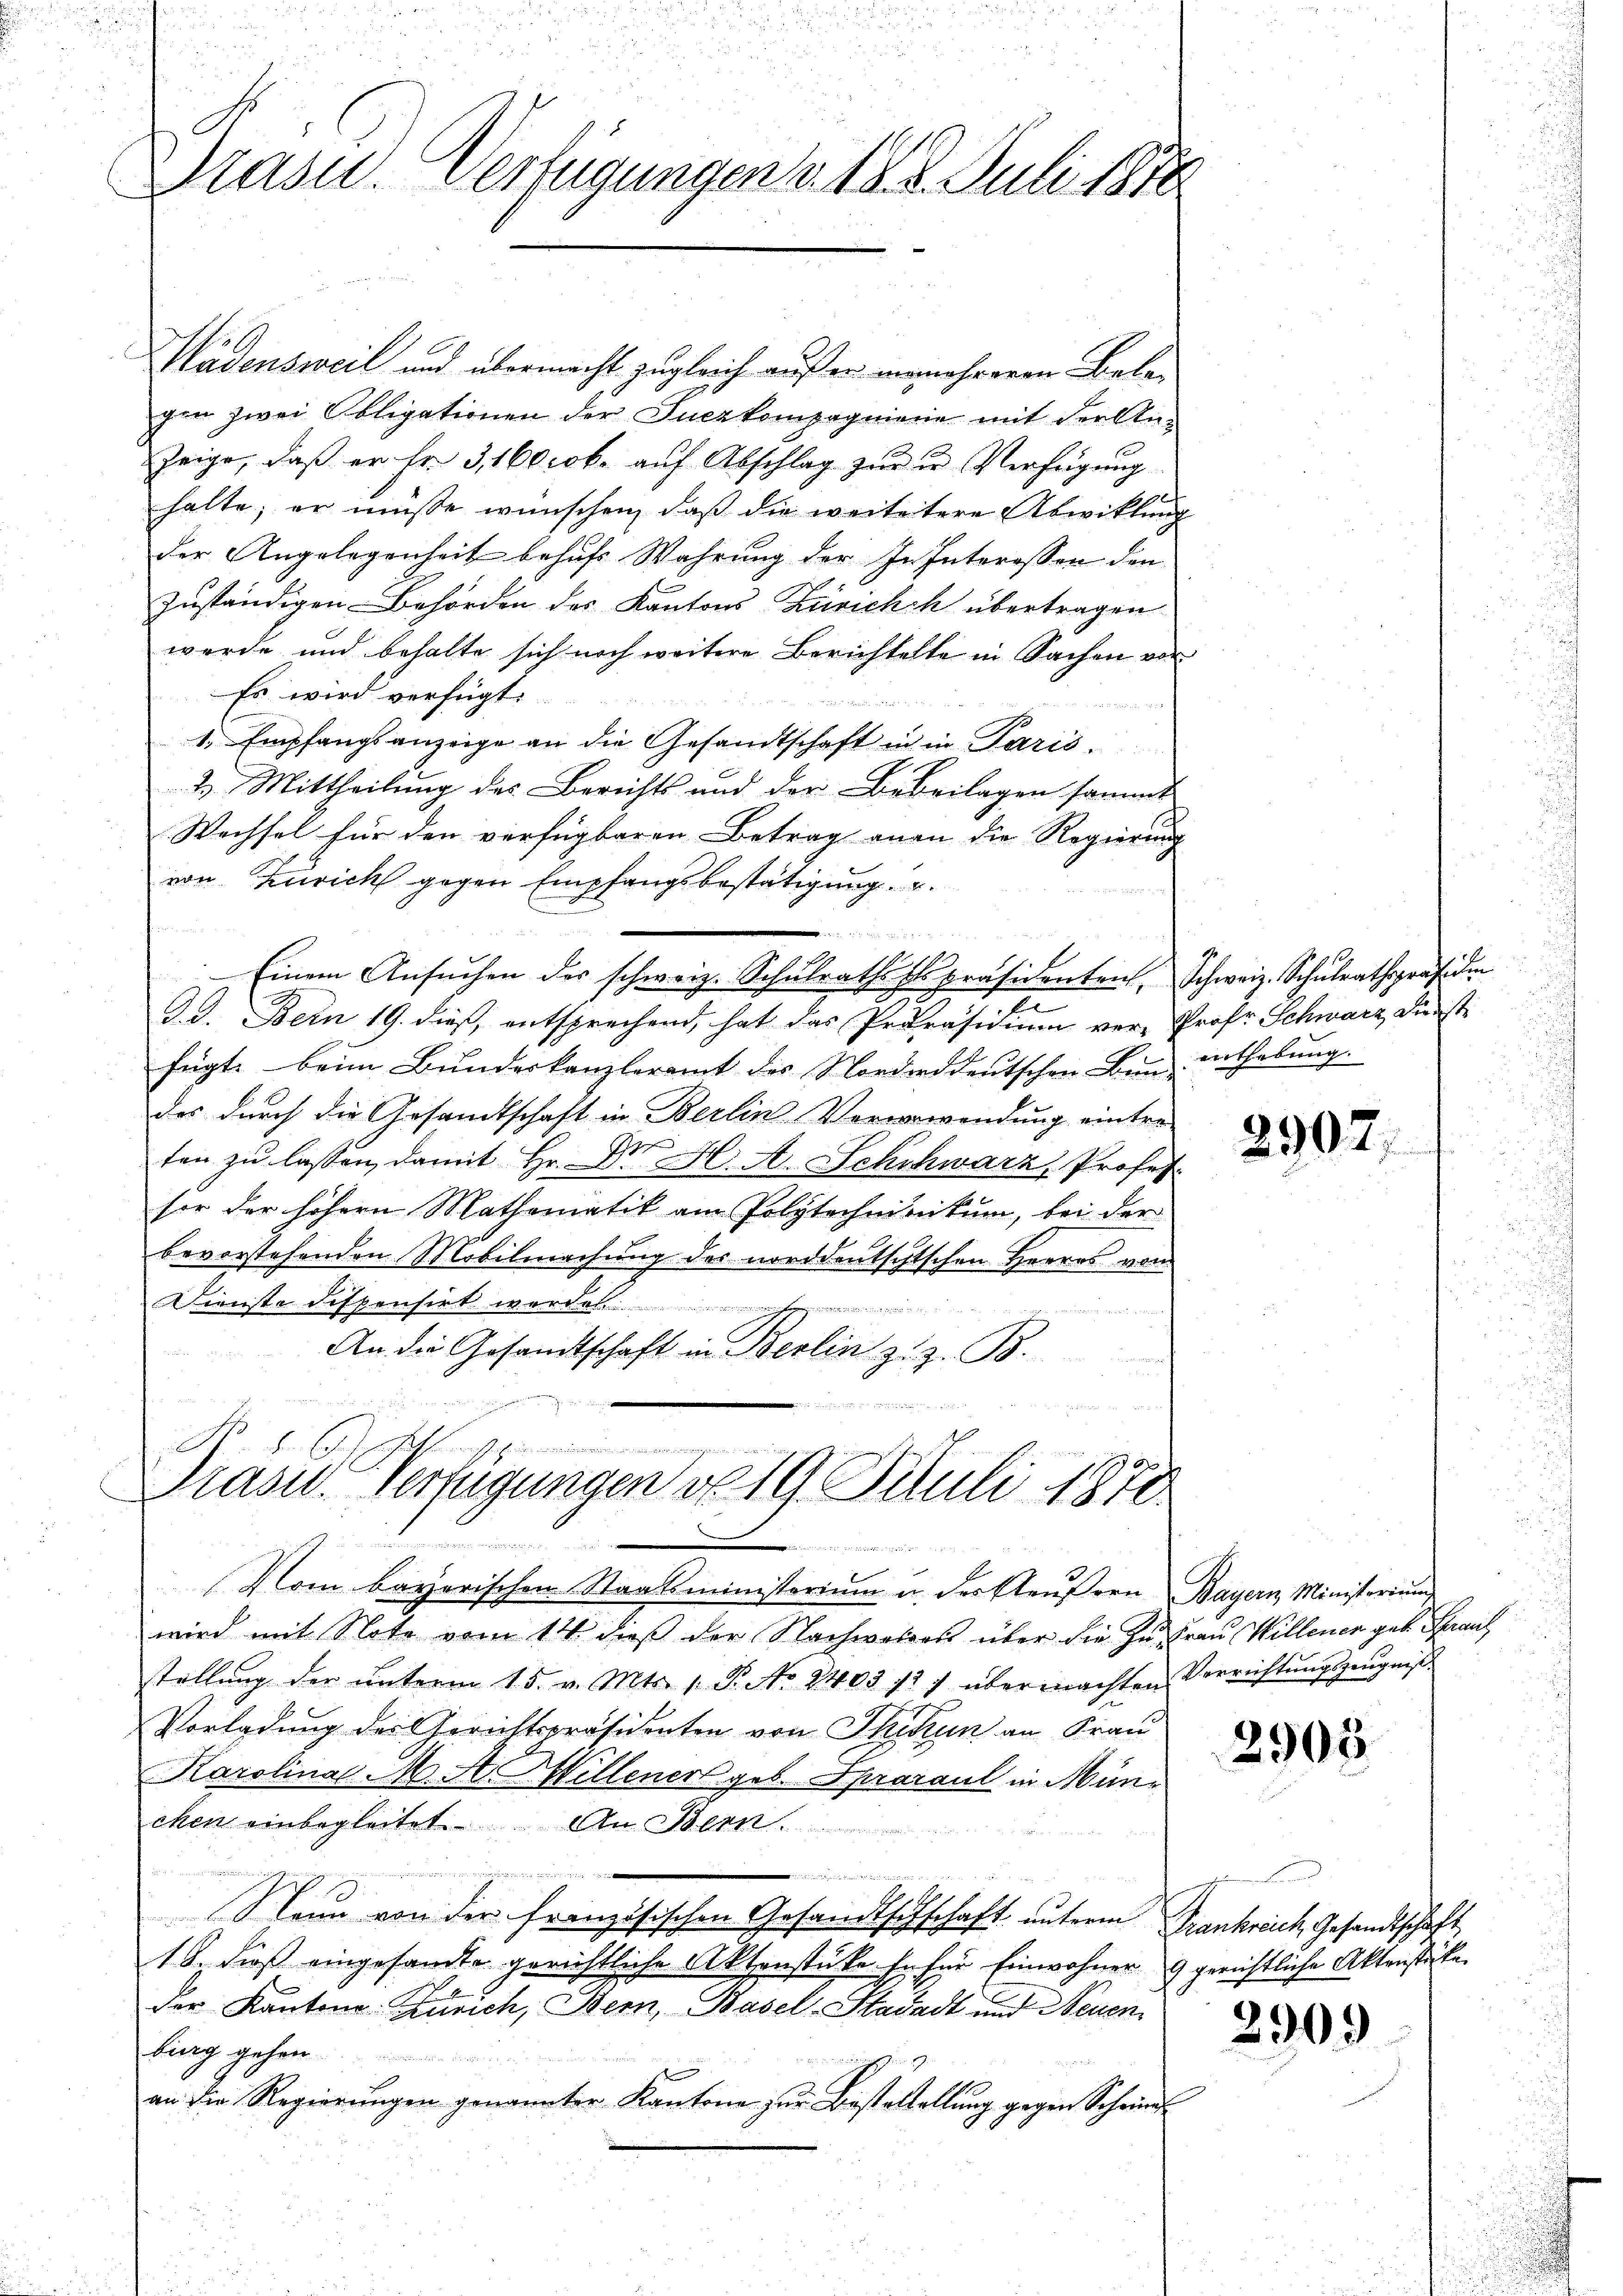
Präsid. Verfügungen v. 18. 8. Juli 1878

Ladensweil und übermacht zugleich auß er nunmehreren Belagen zwei Obligationen der Suczkompagniere mit der Anzeige, daß er fr. 3, 160 cck. auf Abschlag zŭr in Verfügung
halte; er müsse wünschen, daß die weitetere Abwicklung
der Angelegenheit behufs Wahrung der In Interessen den
zuständigen-Behörden des Kantons Zürichch übertragen
werde und behalte sich noch weitere Berichtelte in Sachen vor
Es wird verfügt:
1, Empfangsanzeige an die Gesandtschaft in in Paris.
2. Mittheilung des Berichts und der Bebeilagen sammt
Wechsel für den verfügbaren Betrag man die Regierung
von Zürich gegen Empfangsbestätigung
 Einem Ansŭchen des schweiz. Schŭlrathspräsidenten, Schweiz. Schŭlrathspräsiden
e
n
G. d. Bern 19. dieß, entsprechend, hat das Proräsidium ver- Prof. Schwarz, Dünsti
fügte beim Bundeskanzleramt des Nordorddeutschen Bern enthebung.
das durch die Gesandtschaft in Berlin-Ververwendung eintre-
ten zu lassen, damit Hr. Dr H. A. Schwarz, Profess
sor der höhern Mathematik am Polytechnikum, bei der
bevorstehenden Mobilmachung des norddeutschischen Herres von
Dienste dispensirt werde.
An die Gesandtschaft in Berlin zu z. B.

No. 1.
Prase Verfügungen v. 19. Juli 1878
e
.

Vom bayerischen Staatsministerium u. der Aeŭβern Bayern Ministerium
wird mit Note vom 14. dieß der Nachwolios über die zu Frau Willener geb. Frau
stellŭng der ŭnterm 15. v. Mts. 1. P. Nr. 2403 1/2 1 übermachten Verrichtŭngszeŭgnis
Vorladung der Gerichtspräsidenten von Thikun an Frau
Karolina M. A. Willener geb. Spraraut in München einbegleitet. An Bern

dia an
Nann von der französischen Gesandtschschaft unterm Frankreich Gesandtschaft
18. dieß eingesandte gerichtliche Aktenstüke fa für Einwohner 9 gerichtliche Aktenstücke
2
Der Kantone: Zürich, Bern, Basel-Stadadt und Neuen
burg gehen.............
winen wendung der S
an die Regierŭngen genannter Kantone zŭr Bestestellŭng gegen Schein-

2902

2905.

n

2909